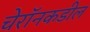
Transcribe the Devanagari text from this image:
चेरॉनकडील